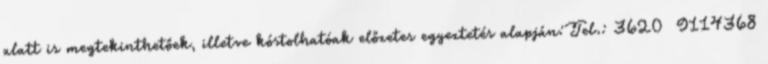
alatt is megtekinthetőek, illetve kóstolhatóak előzetes egyeztetés alapján:Tel.: 3620 9114368